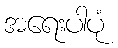
အရေးပါပုံ